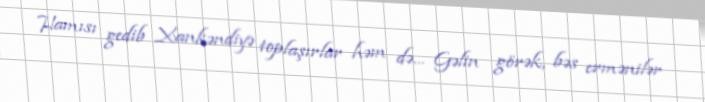
Hamısı gedib Xankəndiyə toplaşırlar həm də... Gəlin görək, bəs ermənilər